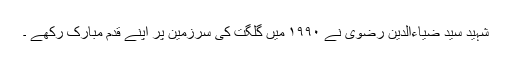
شہید سید ضیاءالدین رضوی نے ۱۹۹۰ میں گلگت کی سرزمین پر اپنے قدم مبارک رکھے ۔